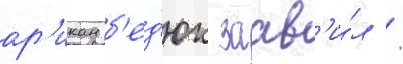
ар'икан б'ед'юк заав'и́л /